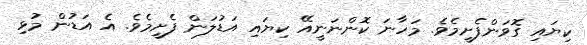
ކިޔައި ގޮވަންފެށީމެވެ. މަހާނަ ކޮންނަނީއޭ ކިޔައި އަޑުލަން ފެށީމެވެ. އެ އަޑުން މުޅި